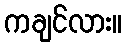
ကချင်လား။